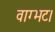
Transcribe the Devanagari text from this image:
वाग्भट।